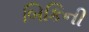
બિકિની